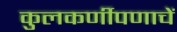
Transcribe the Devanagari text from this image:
कुलकर्णीपणाचें